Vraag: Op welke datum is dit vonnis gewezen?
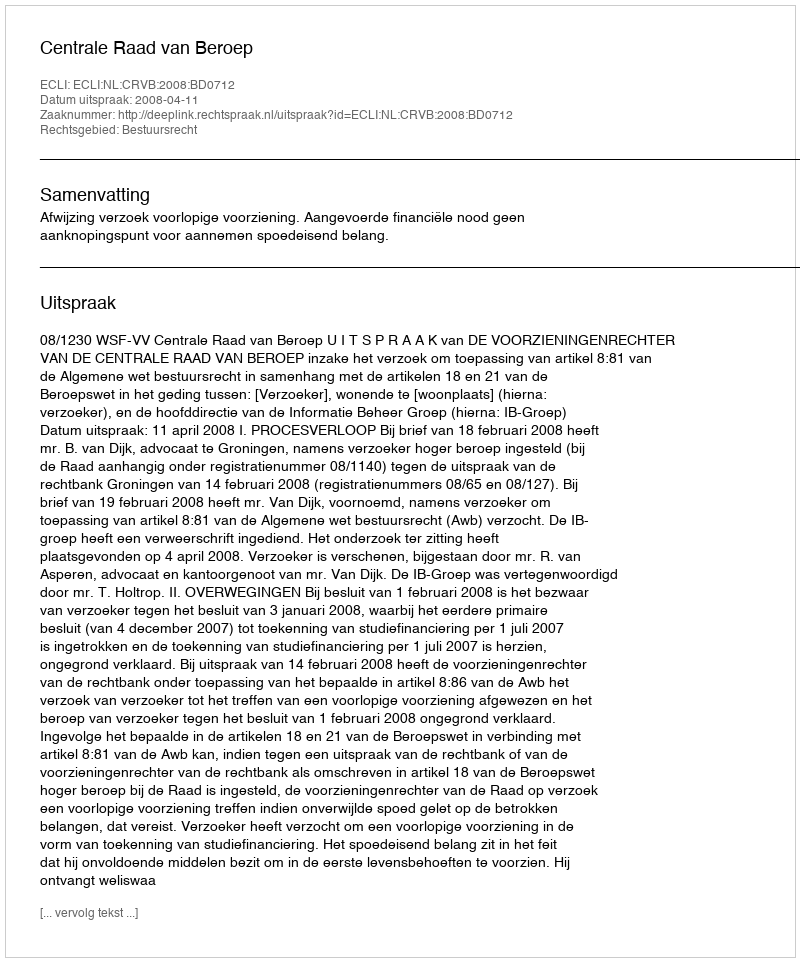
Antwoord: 2008-04-11